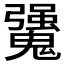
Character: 𩴒